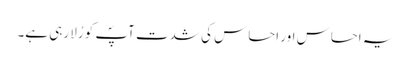
یہ احساس اور احساس کی شدت آپؐ کو رُلا رہی ہے۔